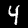
Digit: 4